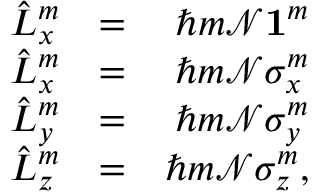
\begin{array} { r l r } { \hat { L } _ { x } ^ { m } } & { = } & { \hbar m { \mathcal N } { \bf 1 } ^ { m } } \\ { \hat { L } _ { x } ^ { m } } & { = } & { \hbar m { \mathcal N } \sigma _ { x } ^ { m } } \\ { \hat { L } _ { y } ^ { m } } & { = } & { \hbar m { \mathcal N } \sigma _ { y } ^ { m } } \\ { \hat { L } _ { z } ^ { m } } & { = } & { \hbar m { \mathcal N } \sigma _ { z } ^ { m } , } \end{array}